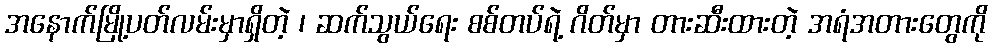
အနောက်မြို့ပတ်လမ်းမှာရှိတဲ့ ၊ ဆက်သွယ်ရေး စစ်တပ်ရဲ့ ဂိတ်မှာ တားဆီးထားတဲ့ အရံအတားတွေကို